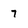
Character: 7